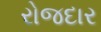
રોજદાર